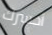
أخسرك